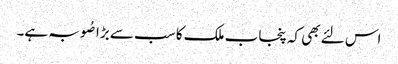
اس لئے بھی کہ پنجاب ملک کا سب سے بڑا صُوبہ ہے۔